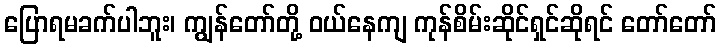
ပြောရမခက်ပါဘူး၊ ကျွန်တော်တို့ ဝယ်နေကျ ကုန်စိမ်းဆိုင်ရှင်ဆိုရင် တော်တော်